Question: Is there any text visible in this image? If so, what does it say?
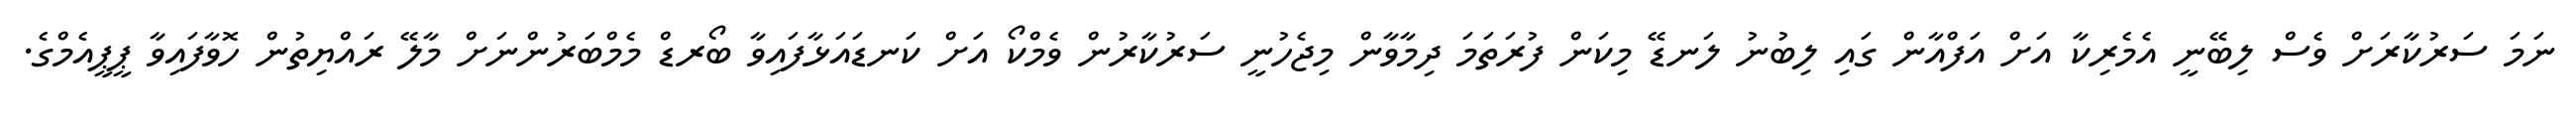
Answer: ނަމަ ސަރުކާރަށް ވެސް ލިބޭނީ އެމެރިކާ އަށް އަފްއާން ގައި ލިބުނު ލަނޑޭ މިކަން ފުރަތަމަ ދިމާވާން މިޖެހުނީ ސަރުކާރުން ވެމްކޯ އަށް ކަނޑައަޅާފައިވާ ބޯރޑް މެމްބަރުންނަށް މާލޭ ރައްޔިތުން ހޮވާފައިވާ ޕީޕީއެމްގެ.